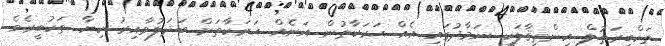
ތަކްބީރަތުލް އިންތިޤާލަކީ ނަމާދުގައި އެއް ޙަރަކާތުން އަނެއް ޙަރަކާތަށް ބަދަލުވާއިރު ކިޔާ ތަކުބީރެވެ.